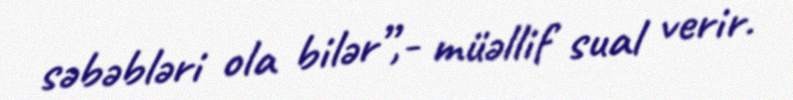
səbəbləri ola bilər”,- müəllif sual verir.